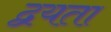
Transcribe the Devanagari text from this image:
द्वयता